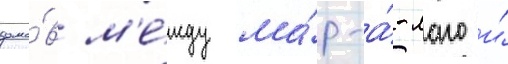
домо́в м'е́жду ма́р-а́-лаго и́